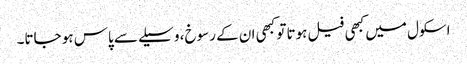
اسکول میں کبھی فیل ہوتا تو کبھی ان کے رسوخ، وسیلے سے پاس ہو جاتا۔